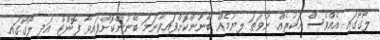
ލޯގޯގައި އެއްވެސް އަކުރެއް ނުވަތަ ލިޔުމެއް ބޭނުންކޮށްފައިވާނަމަ ބޭނުންކޮށްފައިވާ ފޮންޓް އަދި ލޯގޯގައި